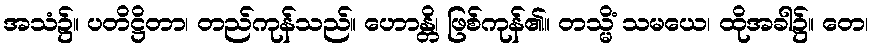
အသံ၌။ ပတိဋ္ဌိတာ၊ တည်ကုန်သည်။ ဟောန္တိ၊ ဖြစ်ကုန်၏။ တသ္မိံ သမယေ၊ ထိုအခါ၌။ တေ၊